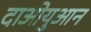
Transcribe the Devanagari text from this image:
दाओयुआन